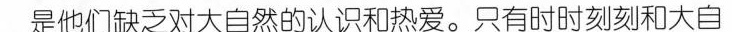
是他们缺乏对大自然的认识和热爱。只有时时刻刻和大自